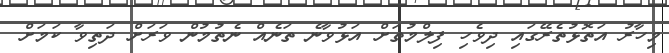
މިހާރު އަތޮޅުތެރޭގައި ދިވެހި ފިލްމުތަށް އަޅުވާނެ ތަނެއް ނެތުމުން ވަރަށް ދަތިވާ ކަމަށް